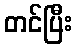
တင်ပြီး